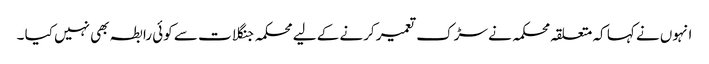
انہوں نے کہا کہ متعلقہ محکمہ نے سڑک تعمیر کرنے کے لیے محکمہ جنگلات سے کوئی رابطہ بھی نہیں کیا ۔